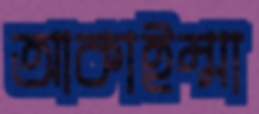
আকাইম্মা